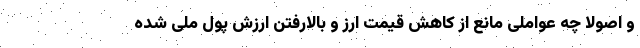
و اصولا چه عواملی مانع از کاهش قیمت ارز و بالارفتن ارزش پول ملی شده